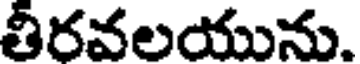
తీరవలయును.